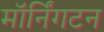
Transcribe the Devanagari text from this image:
मॉर्निंगटन